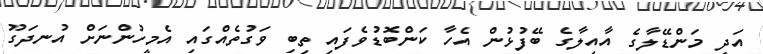
އަދި މަންޑޭލާގެ އާއިލާގެ ބޭފުޅުން އެހާ ކަންބޮޑުވެފައި ތިބި ވަގުތެއްގައި އެމީހުންނަށް އުނދަގޫ